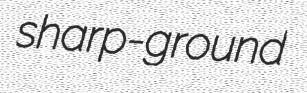
sharp-ground